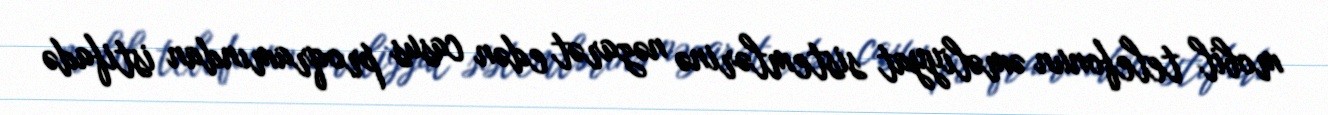
mobil telefonun əməliyyat sistemlərinə nəzarət edən casus proqramından istifadə